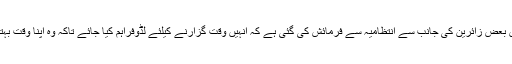
ملتان کے قرنطینہ سنٹرمیں بعض زائرین کی جانب سے انتظامیہ سے فرمائش کی گئی ہے کہ انہیں وقت گزارنے کیلئے لڈوفراہم کیا جائے تاکہ وہ اپنا وقت بہترطریقے سے گزار سکیں۔